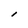
Character: l